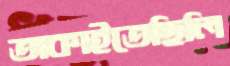
তাকাইতেছিলি